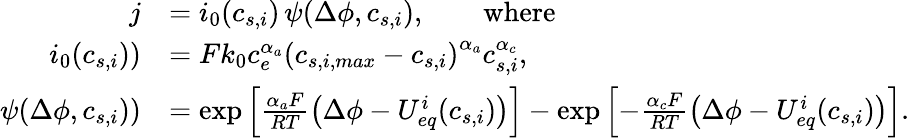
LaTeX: \begin{array}{rl}{j}&{=i_{0}(c_{s,i})\, \psi(\Delta\phi,c_{s,i}),\qquad\textrm{where}}\\ {i_{0}(c_{s,i}))}&{=Fk_{0}c_{e}^{\alpha_{a}}\left(c_{s,i,max}-c_{s,i}\right)^{\alpha_{a}}c_{s,i}^{\alpha_{c}},}\\ {\psi(\Delta\phi,c_{s,i}))}&{=\exp\left[\frac{\alpha_{a}F}{RT}\left(\Delta\phi-{U_{eq}^{i}}(c_{s,i})\right)\right]-\exp\left[-\frac{\alpha_{c}F}{RT}\left(\Delta\phi-{U_{eq}^{i}}(c_{s,i})\right)\right].}\end{array}